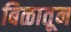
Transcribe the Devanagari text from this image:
बिळातून